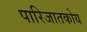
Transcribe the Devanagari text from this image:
पारिजातकोय